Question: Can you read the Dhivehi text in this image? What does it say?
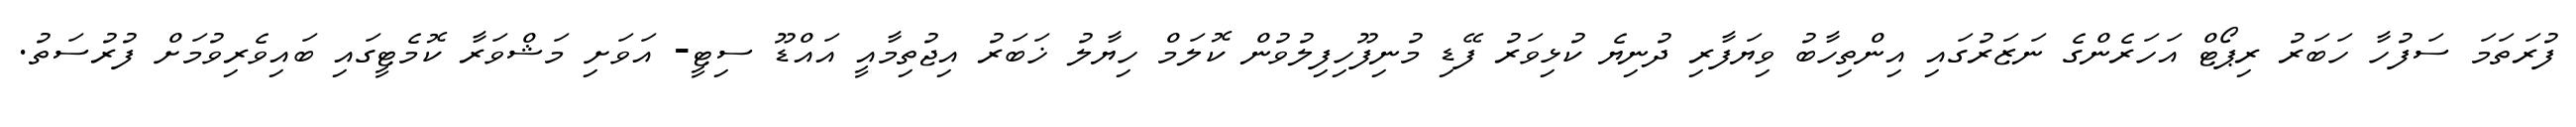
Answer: ފުރަތަމަ ސަފުހާ ހަބަރު ރިޕޯޓް އަހަރެންގެ ނަޒަރުގައި އިންތިހާބު ވިޔަފާރި ދުނިޔެ ކުޅިވަރު ފޭޑި މުނިފޫހިފިލުވުން ކޮލަމް ހިޔާލު ޚަބަރު އިޖުތިމާއީ އައްޑޫ ސިޓީ- އަވަށި މަޝްވަރާ ކޮމެޓީގައި ބައިވެރިވުމަށް ފުރުސަތު.